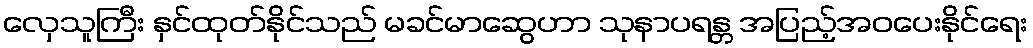
လှေသူကြီး နှင်ထုတ်နိုင်သည် မခင်မာဆွေဟာ သုနာပရန္တ အပြည့်အဝပေးနိုင်ရေး